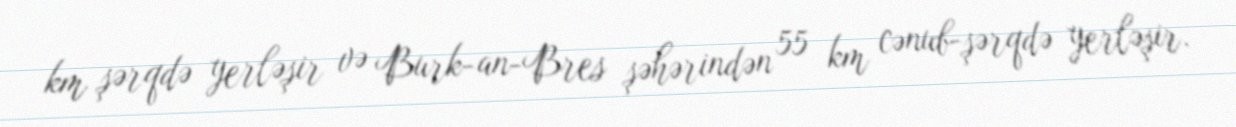
km şərqdə yerləşir və Burk-an-Bres şəhərindən 55 km cənub-şərqdə yerləşir.